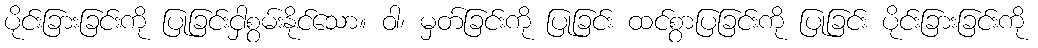
ပိုင်းခြားခြင်းကို ပြုခြင်းငှါစွမ်းနိုင်သော။ ဝါ၊ မှတ်ခြင်းကို ပြုခြင်း ထင်စွာပြခြင်းကို ပြုခြင်း ပိုင်းခြားခြင်းကို